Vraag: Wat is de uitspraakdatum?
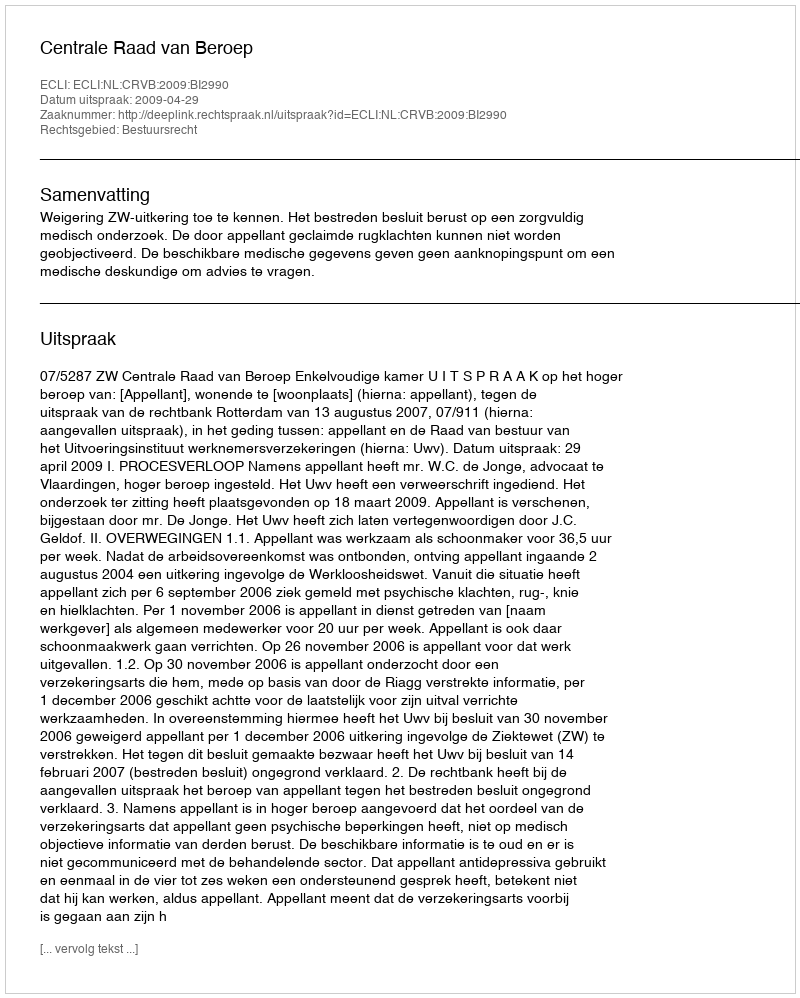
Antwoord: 2009-04-29